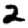
Digit: 2